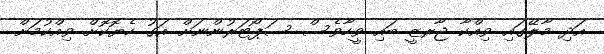
އަދި މާލޭގައި ވިއްކާ ޖާރޒީ ބައި ވީހާވެސް ސަޕޯޓަރުންނަށް އަގު ހެޔޮކޮށް ވިއްކުމަށް